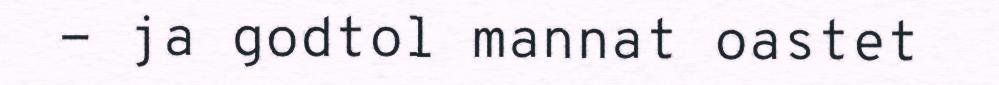
- ja godtol mannat oastet